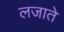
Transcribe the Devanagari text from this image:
लजाते